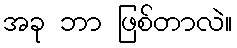
အခု ဘာ ဖြစ်တာလဲ။